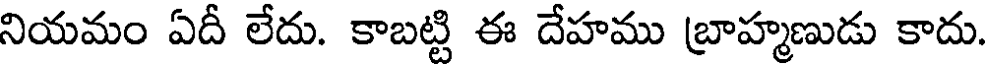
నియమం ఏదీ లేదు. కాబట్టి ఈ దేహము బ్రాహ్మణుడు కాదు.